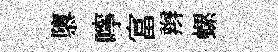
隳嚀富辫螺